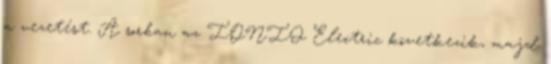
a vezetést. A sorban az IONIQ Electric következik, majd